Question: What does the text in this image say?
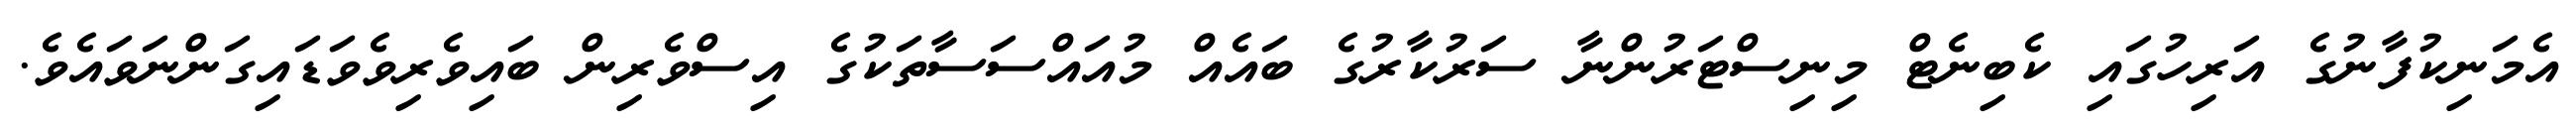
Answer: އެމަނިކުފާނުގެ އަރިހުގައި ކެބިނެޓް މިނިސްޓަރުންނާ ސަރުކާރުގެ ބައެއް މުއައްސަސާތަކުގެ އިސްވެރިން ބައިވެރިވެވަޑައިގަންނަވައެވެ.